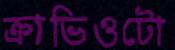
ক্রাভিওটো